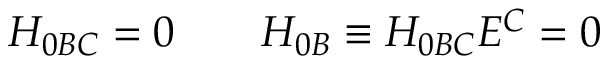
H _ { 0 B C } = 0 \qquad H _ { 0 B } \equiv H _ { 0 B C } E ^ { C } = 0